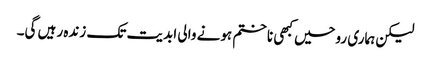
لیکن ہماری روحیں کبھی نا ختم ہونے والی ابدیت تک زندہ رہیں گی۔